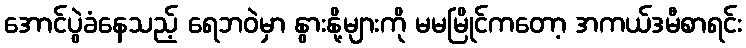
အောင်ပွဲခံနေသည့် ရေဘဝဲမှာ နွားနို့များကို မမမြိုင်ကတော့ အကယ်ဒမီစာရင်း